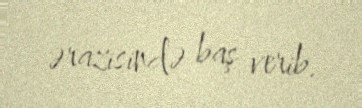
ərazisində baş verib.